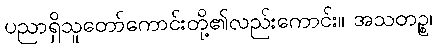
ပညာရှိသူတော်ကောင်းတို့၏လည်းကောင်း။ အသတဉ္စ၊